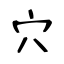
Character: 穴